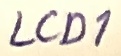
Text: LCD1